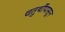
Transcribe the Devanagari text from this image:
चतुर्थीपासून